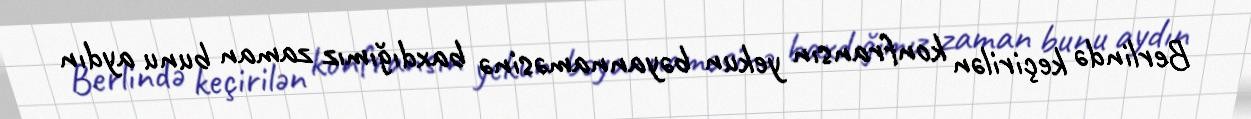
Berlində keçirilən konfransın yekun bəyannaməsinə baxdığımız zaman bunu aydın